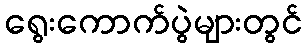
ရွေးကောက်ပွဲများတွင်